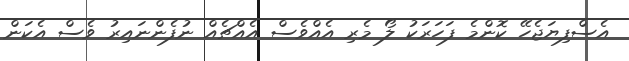
އެސްފިޔަޖެހޭ ކޮންމެ ފަހަރަކު ލޯ މެރި އެއްވެސް އެއްޗެއް ނުފެންނައިރު ވެސް އެކަން